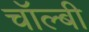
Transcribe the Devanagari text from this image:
चॉल्बी